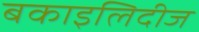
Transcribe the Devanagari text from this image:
बकाइलिदीज